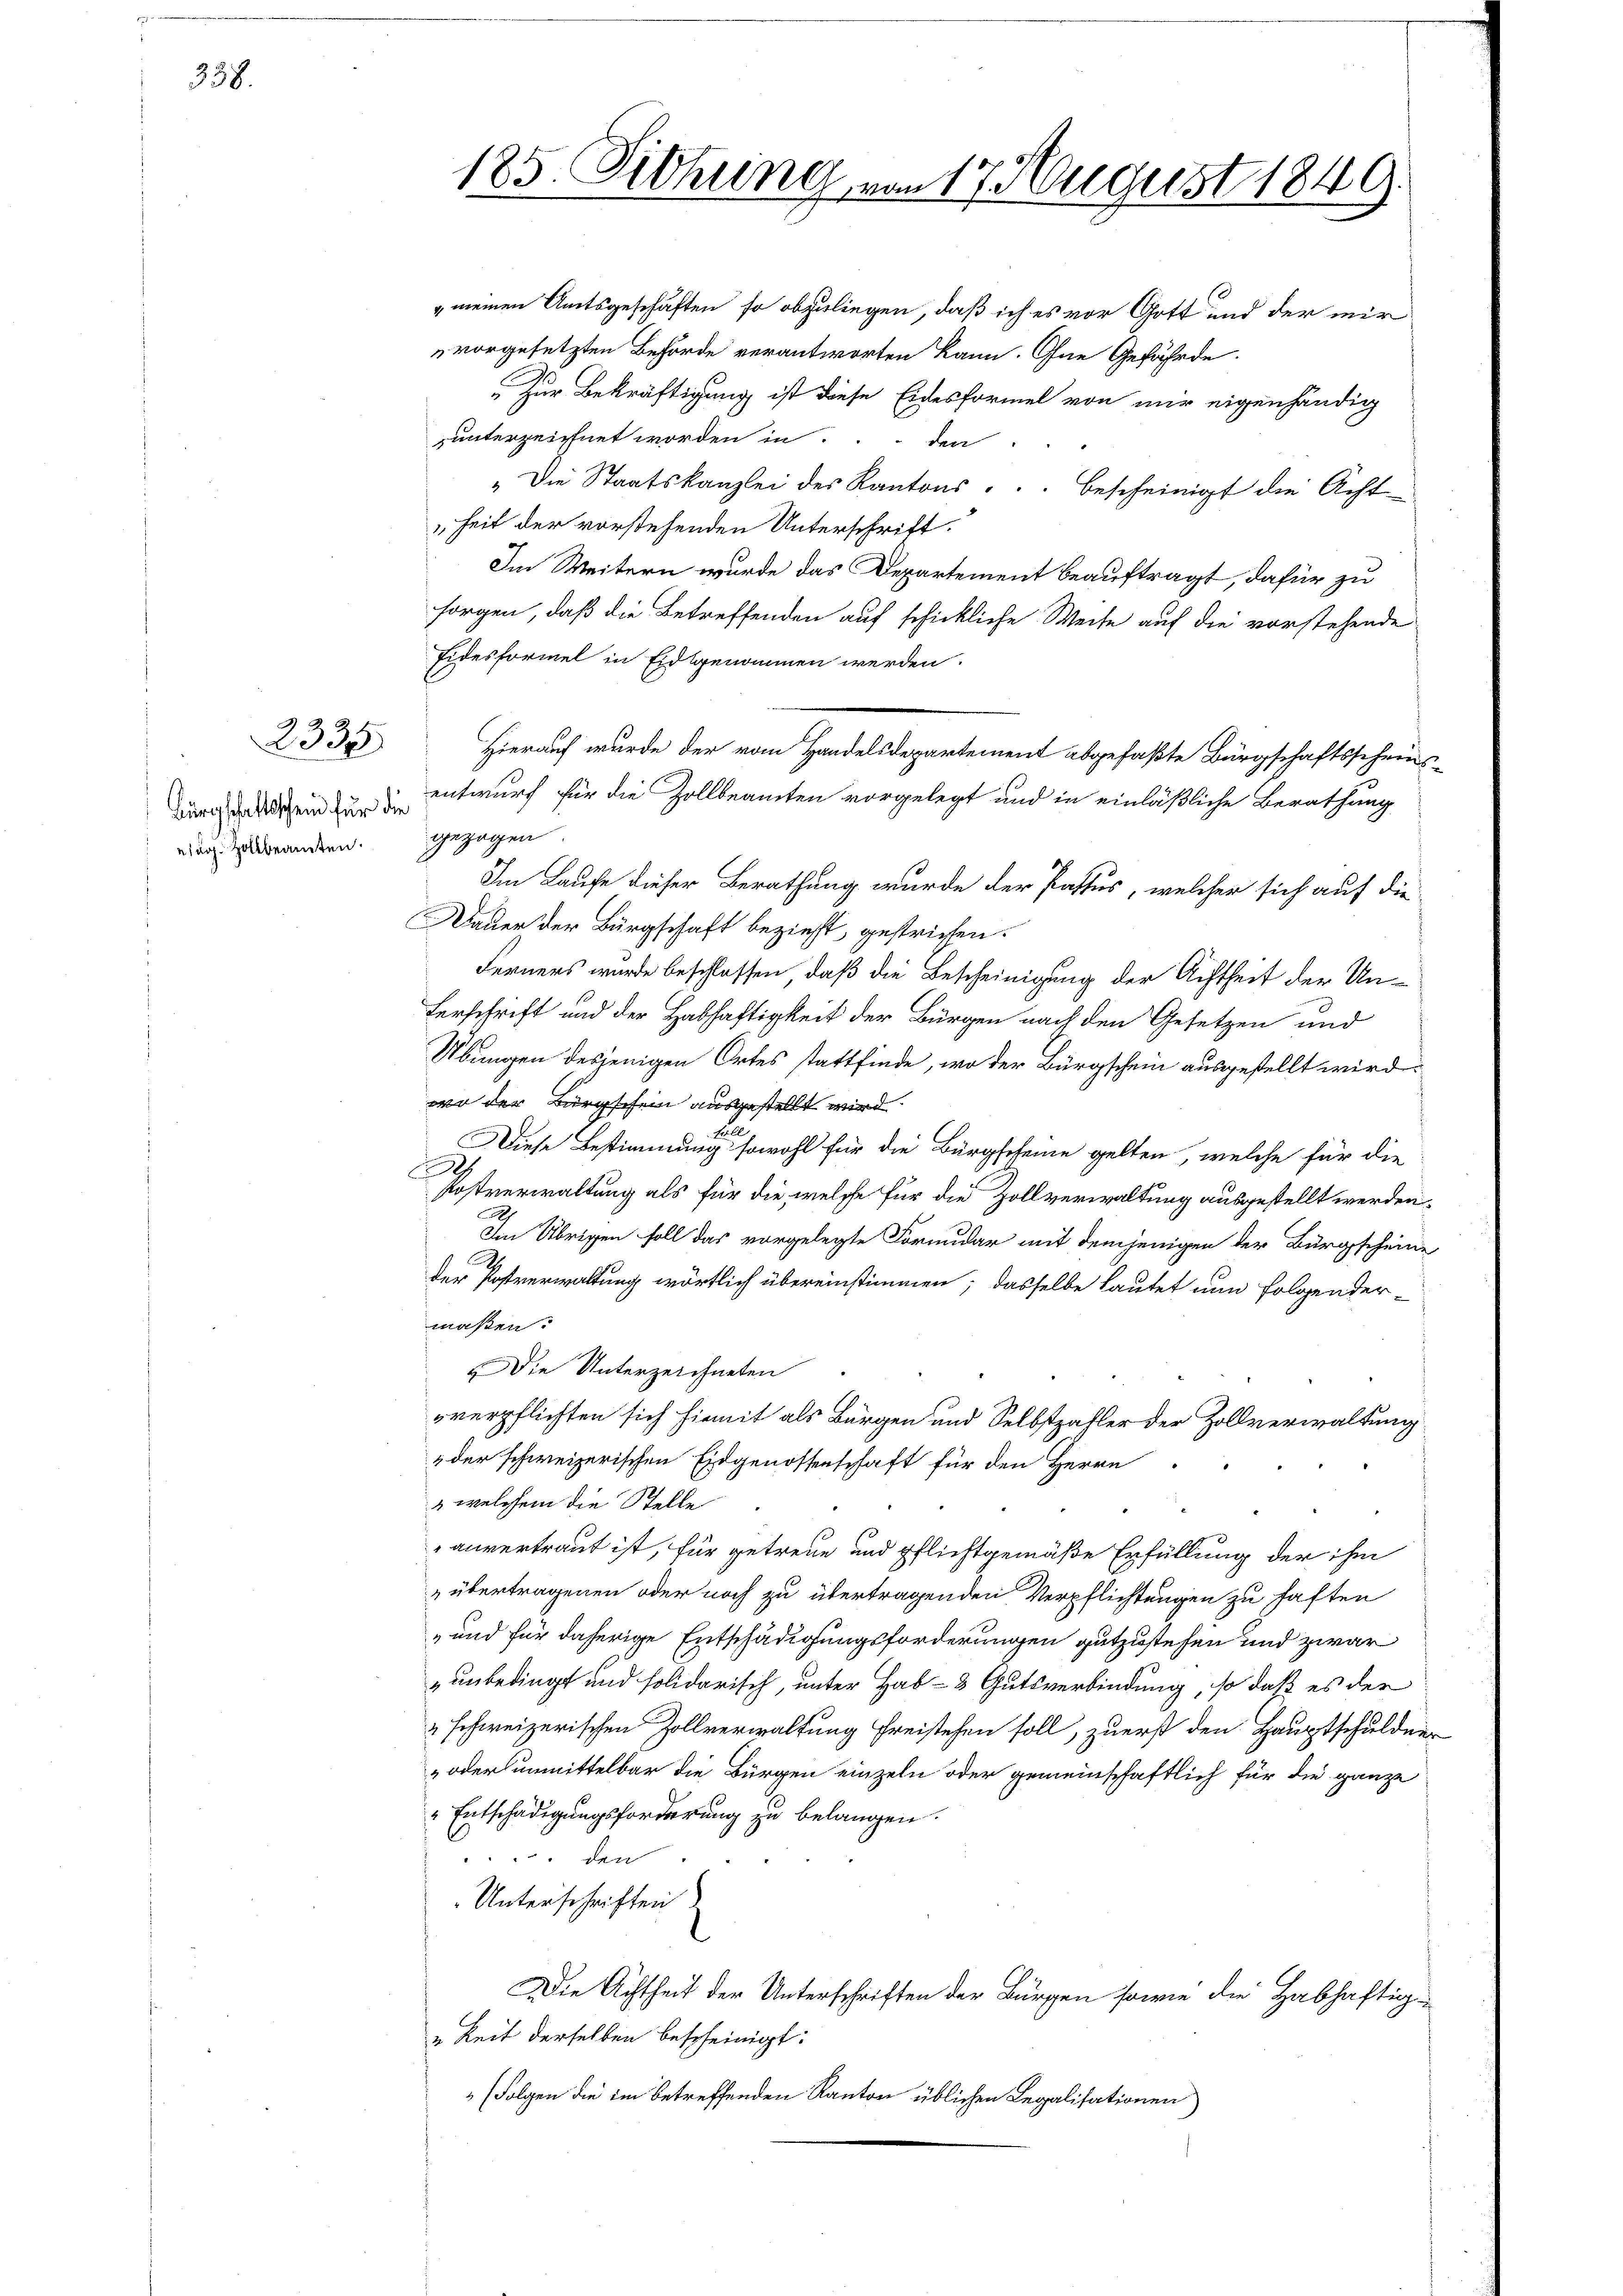
338.

ing. Zollbeamten.

185. Dittung von 17 August 1849.

" meinen Amtsgeschäften so abzuliegen, daß ich es vor Gott und der mir
vorgesetzten Behörde verantworten kann. Ohne Gefährde
„Zur Bekräftigung ist diese Eidesformel von mir eigenhändig
unterzeichnet worden in
den
"Die Staatskanzlei des Kantons . . . bescheinigt die Acht
heit der vorstehenden Unterschrift.
Im Weitern wurde das Departement beauftragt, dafür zu
sorgen, daß die Betreffenden auf schickliche Weite auf die vorstehende
Eidesformel in Eidsgenommen werden.
rge ein entwurf für die Zollbeamten vorgelegt und in einläßliche Berathung
gezogen
Im Laufe dieser Berathung wurde der Passus, welcher sich auf dieauer der Bürgschaft bezieht, gestrichen.
Ferners wurde beschlossen, daß die Bescheinigung der Achtheit der Un-
Verschrift und der Habhaftigkeit der Bürgen nach den Gesetzen und
Übungen desjenigen Ortes stattfinde, wo der Bürgschein ausgestellt wird
wo der Bürgschein ausgestellt wird.
Diese Bestimmung sowohl für die Bürgscheine gelten, welche für die
A
Postverwaltung als für die welche für die Zollverwaltung ausgestellt werden.
e
Im Übrigen soll das vorgelegte Fornidar mit demjenigen der Bürgscheine
2
der Postverwaltung wörtlich übereinstimmen; dasselbe lautet nun folgendermaßen:
Die Unterzeichneten
rverpflichten sich hiemit als Bürgen und Selbstzahler der Zollverwaltung
der schweizerischen Eidgenossenschaft für den Herrn
 welchem die Stelle
anvertraut ist, für getreue und pflichtgemäße Erfüllung der ihm
übertragenen oder noch zu übertragenden Verpflichtungen zu haften
und für daherige Entschädigungsforderungen gutzustehen und zwar
unbedingt und solidarisch, unter Hab- & Gutsverbindung, so daß es der
" schweizerischen Zollverwaltung freistehen soll, zuerst den Hauptschuldung
„oder unmittelbar die Bürgen einzeln oder gemeinschaftlich für die ganze
" Entschädigungsforderung zu belangen.
4
 den
Unterschriften
Die Achtheit der Unterschriften der Bürgen sowie die Habhaftig¬
u Zeit derselben bescheinigt:
(Folgen die im betreffenden Kanton üblichen Legalisationen

23 Hierauf wurde der vom Handelsdepartement abgefaßte Bürgschaftsscheins-